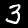
Digit: 3